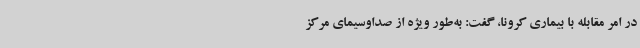
در امر مقابله با بیماری کرونا، گفت: به‌طور ویژه از صداوسیمای مرکز